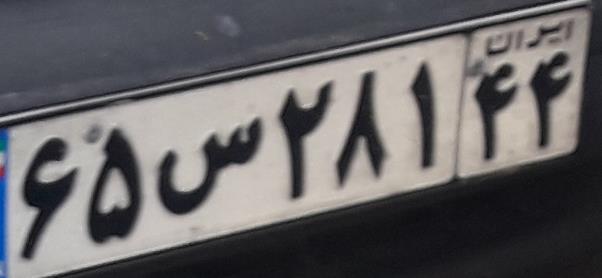
۶۵س۲۸۱۴۴